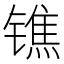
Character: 𨱓